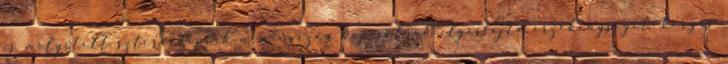
is mélyített sztereotípiák nem igazán kapcsolnak ilyesfajta érzékenységet: kérges